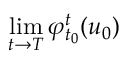
\operatorname* { l i m } _ { t \to T } \varphi _ { t _ { 0 } } ^ { t } ( u _ { 0 } )